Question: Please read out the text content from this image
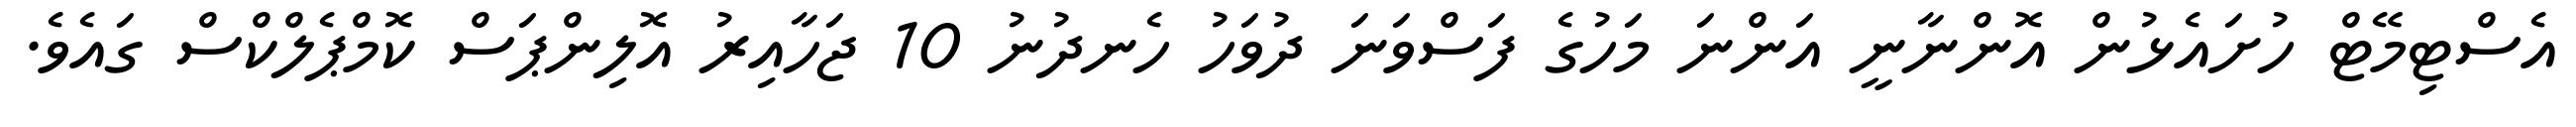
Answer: އެސްޓިމޭޓް ހުށައެޅުން އޮންނާނީ އަންނަ މަހުގެ ފަސްވަނަ ދުވަހު ހެނދުނު 10 ޖަހާއިރު އޮލިންޕަސް ކޮމްޕެލްކްސް ގައެވެ.